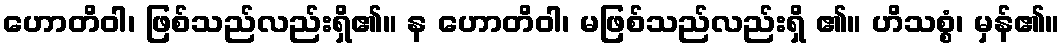
ဟောတိဝါ၊ ဖြစ်သည်လည်းရှိ၏။ န ဟောတိဝါ၊ မဖြစ်သည်လည်းရှိ ၏။ ဟိသစ္စံ၊ မှန်၏။